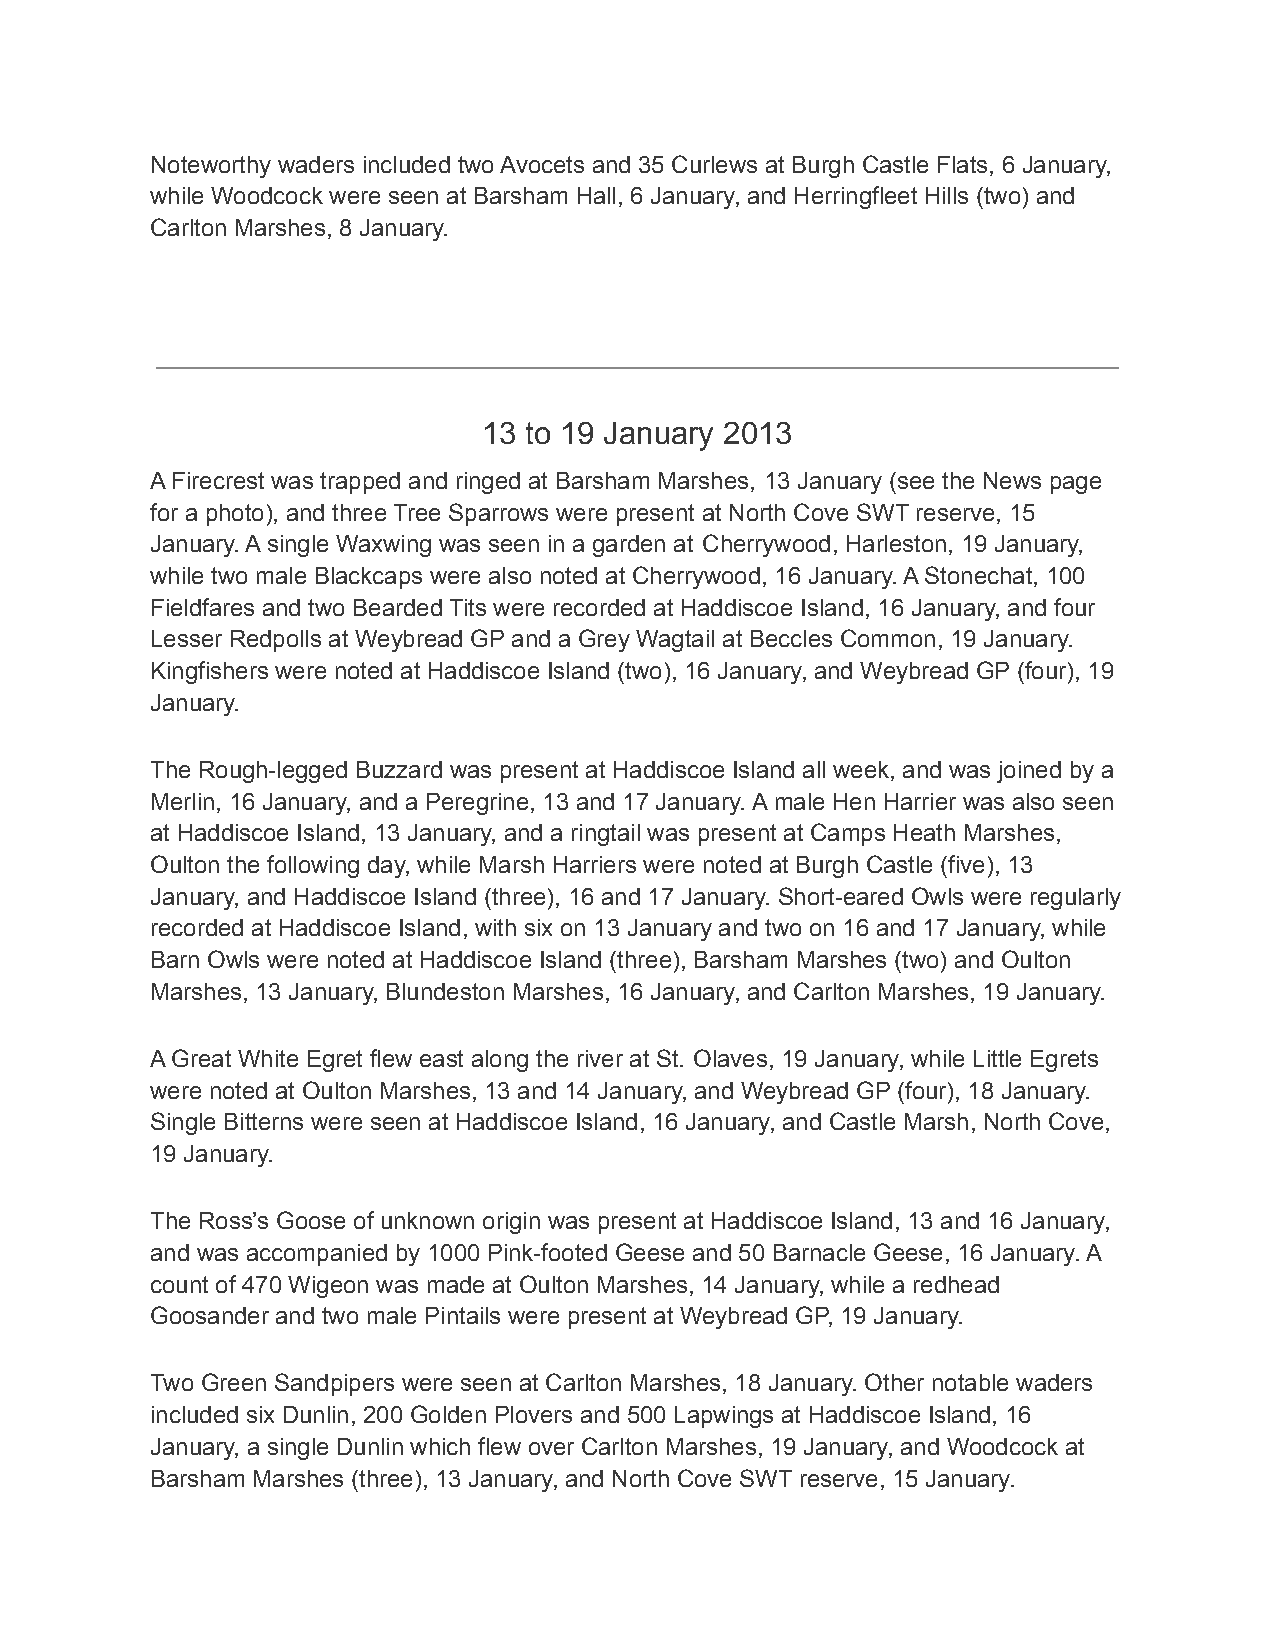
Noteworthy waders included two Avocets and 35 Curlews at Burgh Castle Flats, 6 January,
 while Woodcock were seen at Barsham Hall, 6 January, and Herringfleet Hills (two) and
 Carlton Marshes, 8 January.
 13 to 19 January 2013
 A Firecrest was trapped and ringed at Barsham Marshes, 13 January (see the News page
 for a photo), and three Tree Sparrows were present at North Cove SWT reserve, 15
 January. A single Waxwing was seen in a garden at Cherrywood, Harleston, 19 January,
 while two male Blackcaps were also noted at Cherrywood, 16 January. A Stonechat, 100
 Fieldfares and two Bearded Tits were recorded at Haddiscoe Island, 16 January, and four
 Lesser Redpolls at Weybread GP and a Grey Wagtail at Beccles Common, 19 January.
 Kingfishers were noted at Haddiscoe Island (two), 16 January, and Weybread GP (four), 19
 January.
 The Rough-legged Buzzard was present at Haddiscoe Island all week, and was joined by a
 Merlin, 16 January, and a Peregrine, 13 and 17 January. A male Hen Harrier was also seen
 at Haddiscoe Island, 13 January, and a ringtail was present at Camps Heath Marshes,
 Oulton the following day, while Marsh Harriers were noted at Burgh Castle (five), 13
 January, and Haddiscoe Island (three), 16 and 17 January. Short-eared Owls were regularly
 recorded at Haddiscoe Island, with six on 13 January and two on 16 and 17 January, while
 Barn Owls were noted at Haddiscoe Island (three), Barsham Marshes (two) and Oulton
 Marshes, 13 January, Blundeston Marshes, 16 January, and Carlton Marshes, 19 January.
 A Great White Egret flew east along the river at St. Olaves, 19 January, while Little Egrets
 were noted at Oulton Marshes, 13 and 14 January, and Weybread GP (four), 18 January.
 Single Bitterns were seen at Haddiscoe Island, 16 January, and Castle Marsh, North Cove,
 19 January.
 The Ross’s Goose of unknown origin was present at Haddiscoe Island, 13 and 16 January,
 and was accompanied by 1000 Pink-footed Geese and 50 Barnacle Geese, 16 January. A
 count of 470 Wigeon was made at Oulton Marshes, 14 January, while a redhead
 Goosander and two male Pintails were present at Weybread GP, 19 January.
 Two Green Sandpipers were seen at Carlton Marshes, 18 January. Other notable waders
 included six Dunlin, 200 Golden Plovers and 500 Lapwings at Haddiscoe Island, 16
 January, a single Dunlin which flew over Carlton Marshes, 19 January, and Woodcock at
 Barsham Marshes (three), 13 January, and North Cove SWT reserve, 15 January.